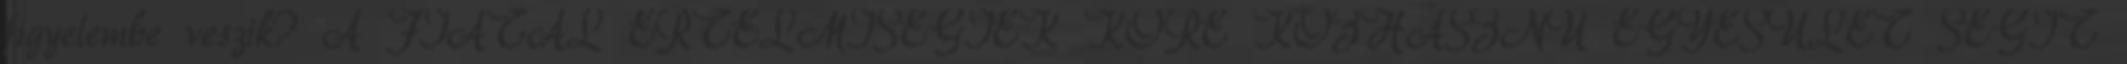
figyelembe veszik? A FIATAL ÉRTELMISÉGIEK KÖRE KÖZHASZNÚ EGYESÜLET SEGÍT